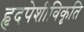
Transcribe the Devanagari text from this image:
हृदपेशीविकृति